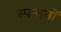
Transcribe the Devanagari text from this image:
स्पन्दनों